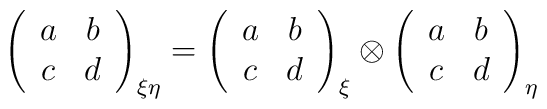
\left(\begin{array}{cc}a&b\\c&d\end{array}\right)_{\xi \eta}=\left(\begin{array}{cc}a&b\\c&d\end{array}\right)_{\xi}\otimes\left(\begin{array}{cc}a&b\\c&d\end{array}\right)_{\eta}